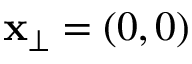
\mathbf { x } _ { \bot } = ( 0 , 0 )